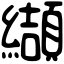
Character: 纈